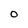
Character: 0